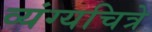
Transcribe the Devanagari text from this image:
व्यंग्यचित्रे